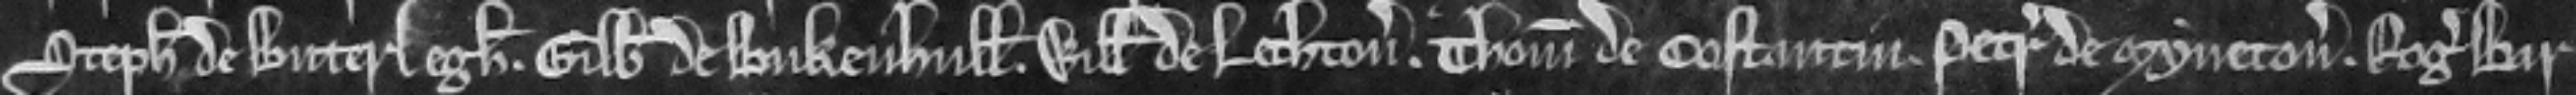
Stephanum de Buterlegh. Gilbertum de Bukenhull. Willelmum de Lechton. Thomam de Constantin. Petrum de Myneton. Rogerum Bar